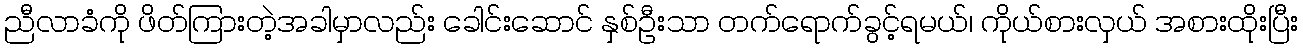
ညီလာခံကို ဖိတ်ကြားတဲ့အခါမှာလည်း ခေါင်းဆောင် နှစ်ဦးသာ တက်ရောက်ခွင့်ရမယ်၊ ကိုယ်စားလှယ် အစားထိုးပြီး